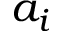
a _ { i }